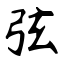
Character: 弦